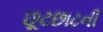
છૂટછાટની